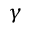
\gamma